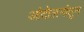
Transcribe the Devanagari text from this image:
आंदोलनांतून